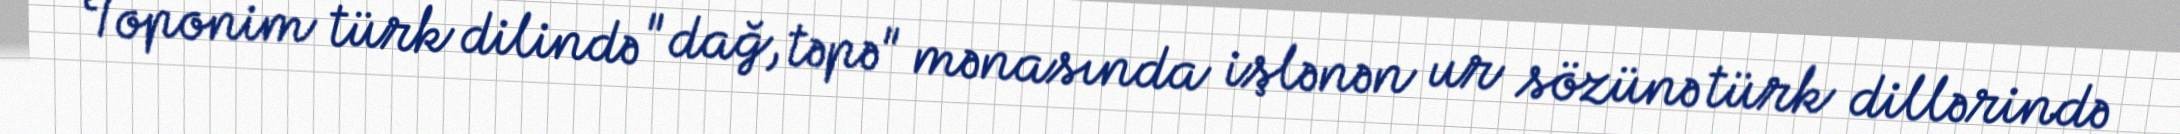
Toponim türk dilində "dağ, təpə" mənasında işlənən ur sözünə türk dillərində